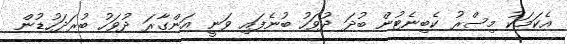
އެކަމަކު މިސްރު ކެބިނެޓުން ބުދަ ދުވަހު ބުނެފައި ވަނީ އަންގާރަ ދުވަހު ބުރަދަހުޑުން